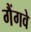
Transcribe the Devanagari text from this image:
गैंगवे